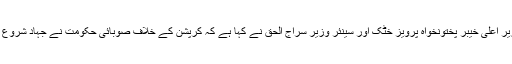
2014ء)وزیر اعلی خیبر پختونخواہ پرویز خٹک اور سینئر وزیر سراج الحق نے کہا ہے کہ کرپشن کے خلاف صوبائی حکومت نے جہاد شروع کر دیا ہے ۔